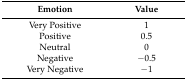
| Emotion | Value |
 | --- | --- |
 | Very Positive | 1 |
 | Positive | 0.5 |
 | Neutral | 0 |
 | Negative | −0.5 |
 | Very Negative | −1 |